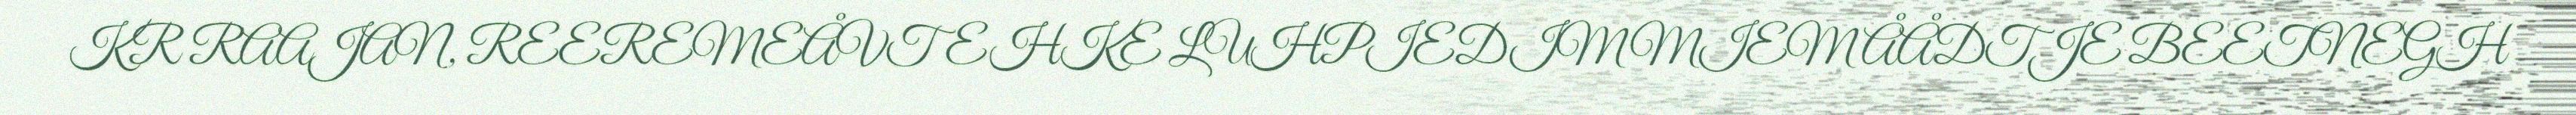
KR RAAJAN, REEREMEÅVTEHKE LUHPIEDIMMIEM ÅÅDTJE BEETNEGH